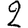
Digit: 2